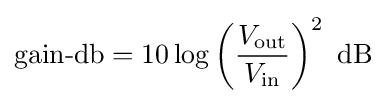
{\text{gain-db}}=10\log \left({\frac {V_{\text{out}}}{V_{\text{in}}}}\right)^{2}~{\text{dB}}